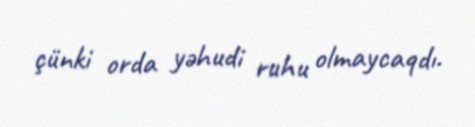
çünki orda yəhudi ruhu olmaycaqdı.